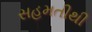
સહમતીથી